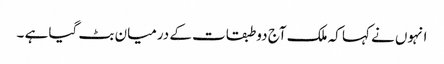
انہوں نے کہا کہ ملک آج دو طبقات کے درمیان بٹ گیا ہے ۔